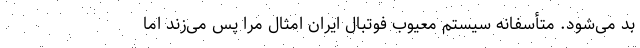
بد می‌شود. متأسفانه سیستم معیوب فوتبال ایران امثال مرا پس می‌زند اما